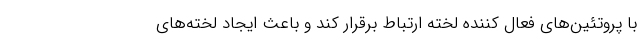
با پروتئین‌های فعال کننده لخته ارتباط برقرار کند و باعث ایجاد لخته‌های